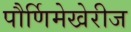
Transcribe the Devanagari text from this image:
पौर्णिमेखेरीज